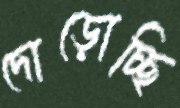
দোড়োচ্ছি